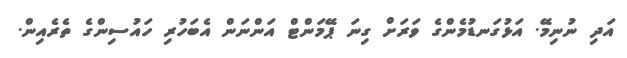
އަދި ނުނިމޭ. އަޅުގަނޑުމެންގެ ވަރަށް ގިނަ ޕޭމަންޓް އަންނަން އެބަހުރި ހައުސިންގެ ތެރެއިން.